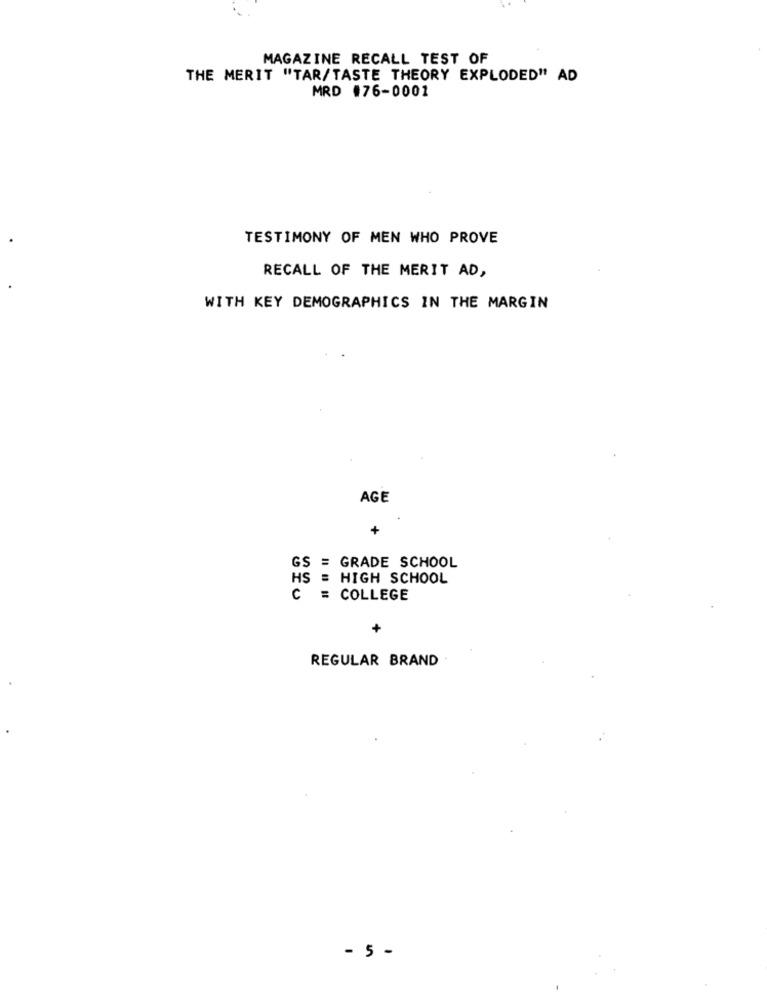
MAGAZINE RECALL TEST OF
THE MERIT "TAR/TASTE THEORY EXPLODED" AD
MRD #76-0001
TESTIMONY OF MEN WHO PROVE
RECALL OF THE MERIT AD,
WITH KEY DEMOGRAPHICS IN THE MARGIN
AGE
+
GS = GRADE SCHOOL
HS = HIGH SCHOOL
C = COLLEGE
+
REGULAR BRAND
- 5 -